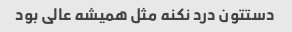
دستتون درد نکنه مثل همیشه عالی بود